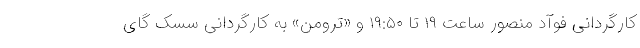
کارگردانی فوآد منصور ساعت ۱۹ تا ۱۹:۵۰ و «ترومن» به کارگردانی سسک گای